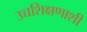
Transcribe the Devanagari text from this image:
उच्चशिक्षणाशी